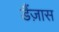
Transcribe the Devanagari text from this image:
डैंज़ास